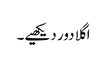
اگلا دور دیکھیے۔